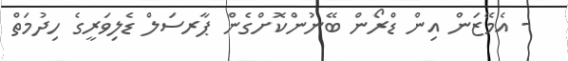
- އެމޭޒަން އިން ޑްރޯން ބޭނުންކޮށްގެން ޕާރސަލް ޑެލިވަރީގެ ހިދުމަތް